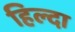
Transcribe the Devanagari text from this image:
हिल्दा